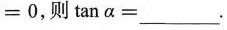
= 0$$，则